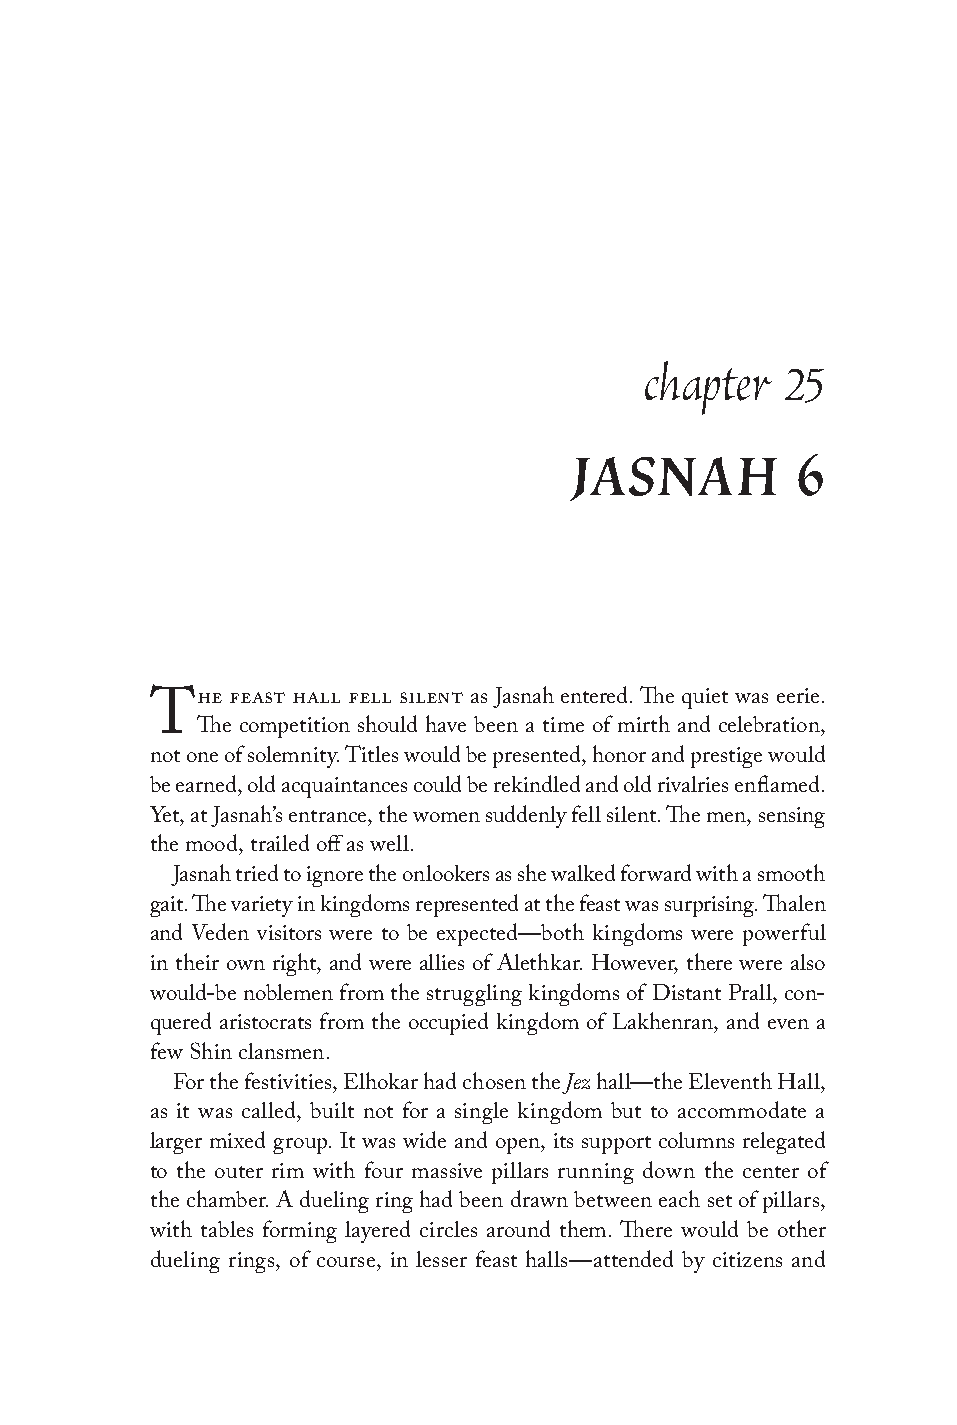
chapter  25
 JASNAH         6
 he feast hall fell silent as Jasnah entered. The quiet was eerie.
 T
 The competition should have been a time of mirth and celebration,
 not one of solemnity. Titles would be presented, honor and prestige would
 be earned, old acquaintances could be rekindled and old rivalries enflamed.
 Yet, at Jasnah’s entrance, the women suddenly fell silent. The men, sensing
 the mood, trailed off as well.
 Jasnah tried to ignore the onlookers as she walked forward with a smooth
 gait. The variety in kingdoms represented at the feast was surprising. Thalen
 and Veden visitors were to be expected—both kingdoms were powerful
 in their own right, and were allies of Alethkar. However, there were also
 would-be noblemen from the struggling kingdoms of Distant Prall, con-
 quered aristocrats from the occupied kingdom of Lakhenran, and even a
 few Shin clansmen.
 Jez
 For the festivities, Elhokar had chosen the hall—the Eleventh Hall,
 as it was called, built not for a single kingdom but to accommodate a
 larger mixed group. It was wide and open, its support columns relegated
 to the outer rim with four massive pillars running down the center of
 the chamber. A dueling ring had been drawn between each set of pillars,
 with tables forming layered circles around them. There would be other
 dueling rings, of course, in lesser feast halls—attended by citizens and